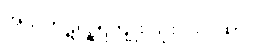
အံသကိုဋ်လှူရကျိုး သုံးပါးဂါထာ။